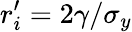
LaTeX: r_{i}^{\prime}=2\gamma/\sigma_{y}